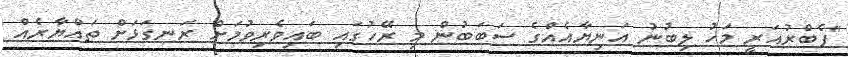
"ފެބްރުއަރީ މަހު ލިބުނު އަނިޔާއެއްގެ ސަބަބުން މި ރޭހުގައި ބައިވެރިވުމަށް ރަނގަޅަށް ތައްޔާރެއް